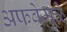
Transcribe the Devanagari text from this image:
अफवेमुळे